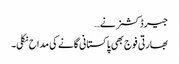
جیرڈ کشنر نے …
بھارتی فوج بھی پاکستانی گانے کی مداح نکلی۔